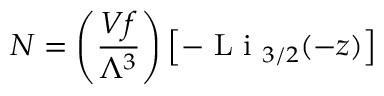
N = \left( { \frac { V f } { \Lambda ^ { 3 } } } \right) \left[ - { \textrm { L i } } _ { 3 / 2 } ( - z ) \right]